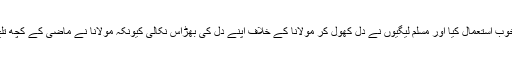
اس تحریک نجات میں شیخ رشید احمد نے ’’مولانا ڈیزل‘‘ کے طعنے کا خوب استعمال کیا اور مسلم لیگیوں نے دل کھول کر مولانا کے خلاف اپنے دل کی بھڑاس نکالی کیونکہ مولانا نے ماضی کے کچھ تلخ تجربات کی روشنی میں نواز شریف کا ساتھ دینے سے انکار کر دیا تھا۔